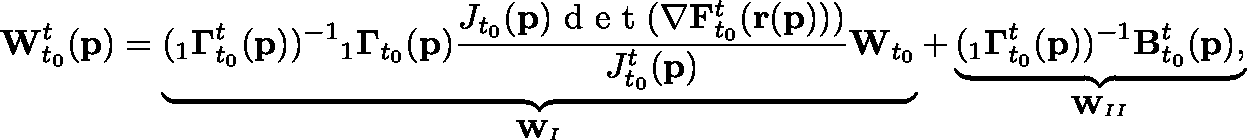
\mathbf { W } _ { t _ { 0 } } ^ { t } ( \mathbf { p } ) = \underbrace { ( { } _ { 1 } \mathbf { \Gamma } _ { t _ { 0 } } ^ { t } ( \mathbf { p } ) ) ^ { - 1 } { } _ { 1 } \mathbf { \Gamma } _ { t _ { 0 } } ( \mathbf { p } ) \frac { J _ { t _ { 0 } } ( \mathbf { p } ) \textup { d e t } ( \mathbf { \nabla } \mathbf { F } _ { t _ { 0 } } ^ { t } ( \mathbf { r } ( \mathbf { p } ) ) ) } { J _ { t _ { 0 } } ^ { t } ( \mathbf { p } ) } \mathbf { W } _ { t _ { 0 } } } _ { \mathbf { W } _ { I } } + \underbrace { { ( { } _ { 1 } \mathbf { \Gamma } _ { t _ { 0 } } ^ { t } } ( \mathbf { p } ) ) ^ { - 1 } \mathbf { B } _ { t _ { 0 } } ^ { t } ( \mathbf { p } ) , } _ { \mathbf { W } _ { I I } }